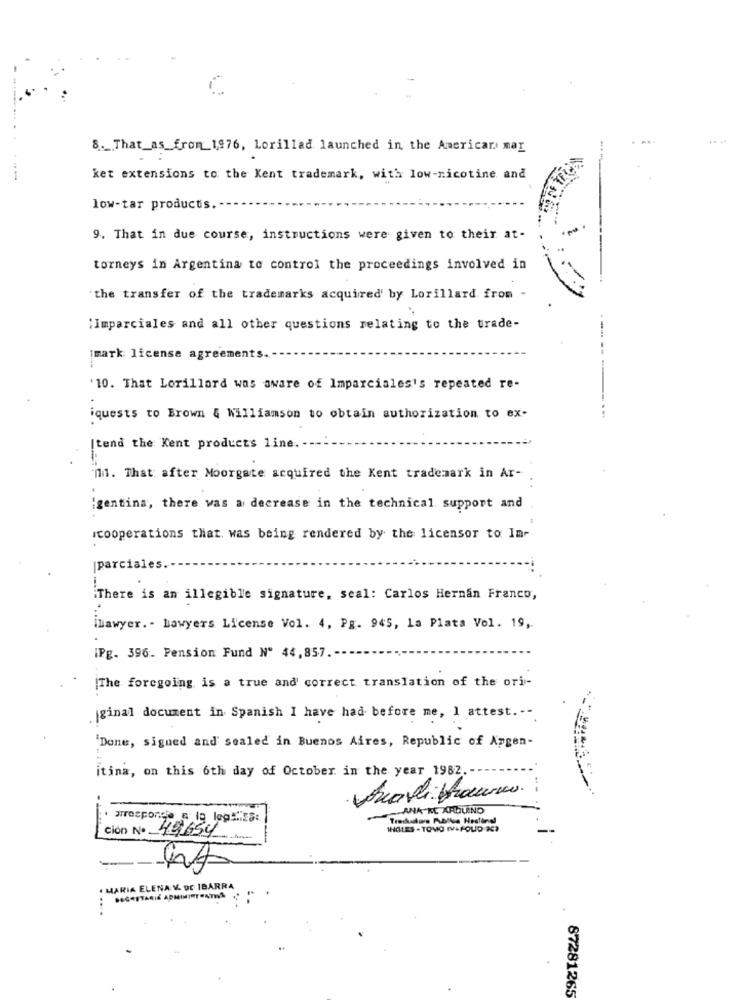
.. ..
8 ._ That_as_from_1976, Lorillad launched in the Americarı mar
ket extensions to the Kent trademark, with low-nicotine and
low-tar products.
9. That in due course, instructions were given to their at-
torneys in Argentina to control the proceedings involved in
the transfer of the trademarks acquired by Lorillard from -
"Imparciales and all other questions relating to the trade-
imark license agreements.
'10. That Lorillard was aware of Imparciales's repeated re-
iquests to Brown & Williamson to obtain authorization to ex-
Itend the Kent products line.
In. That after Moorgate acquired the Kent trademark in Ar-
igentina, there was a decrease in the technical support and
cooperations that was being rendered by the licensor to Im-
parciales
:There is an illegible signature, seal: Carlos Hernan Franco,
ilawyer .- Lawyers License Vol. 4, Pg. 945, La Plata Vol. 19 ,.
[Pg. 396. Pension Fund Nº 44,857
[The foregoing is a true and' correct translation of the ori-
ginal document in Spanish I have had before me, 1 attest .--
'Done, signed and sealed in Buenos Aires, Republic of Angen-
itina, on this 6th day of October in the year 1982.
ANA HE ARDUINO
Tradudors Publla Nestindl
1HOLES - TOMO IVIFOLD 2C?
Ción Nº 49654
--
MARIA ELENA V. DE IBARRA
BECASTARIK ADMINISTRATIVA
87281265